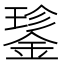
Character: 𮢝